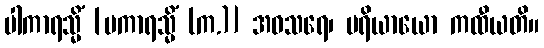
ပါကာရသ္မိံ [ပကာရသ္မိံ (က.)] အဝသရေ၊ ပရိယာယော ကထီယတိ။